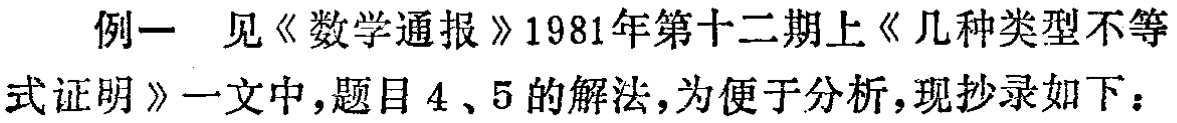
例一 见《数学通报》1981年第十二期上《几种类型不等式证明》一文中，题目4、5的解法，为便于分析，现抄录如下：